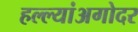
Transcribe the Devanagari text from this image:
हल्ल्यांअगोदर